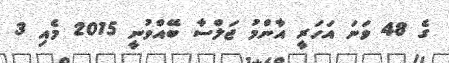
ގެ 48 ވަނަ އަހަރީ އާންމު ޖަލްސާ ބޭއްވުނީ 2015 މެއި 3